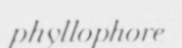
phyllophore